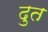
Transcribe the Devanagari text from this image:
दुत